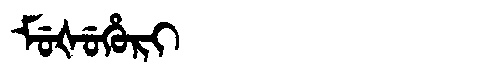
Manchu: ᠮᡠᡧᡠᡥᡠᡵᡳ
Romanization: MUŠUHURI